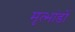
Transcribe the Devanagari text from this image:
मृत्भांडों